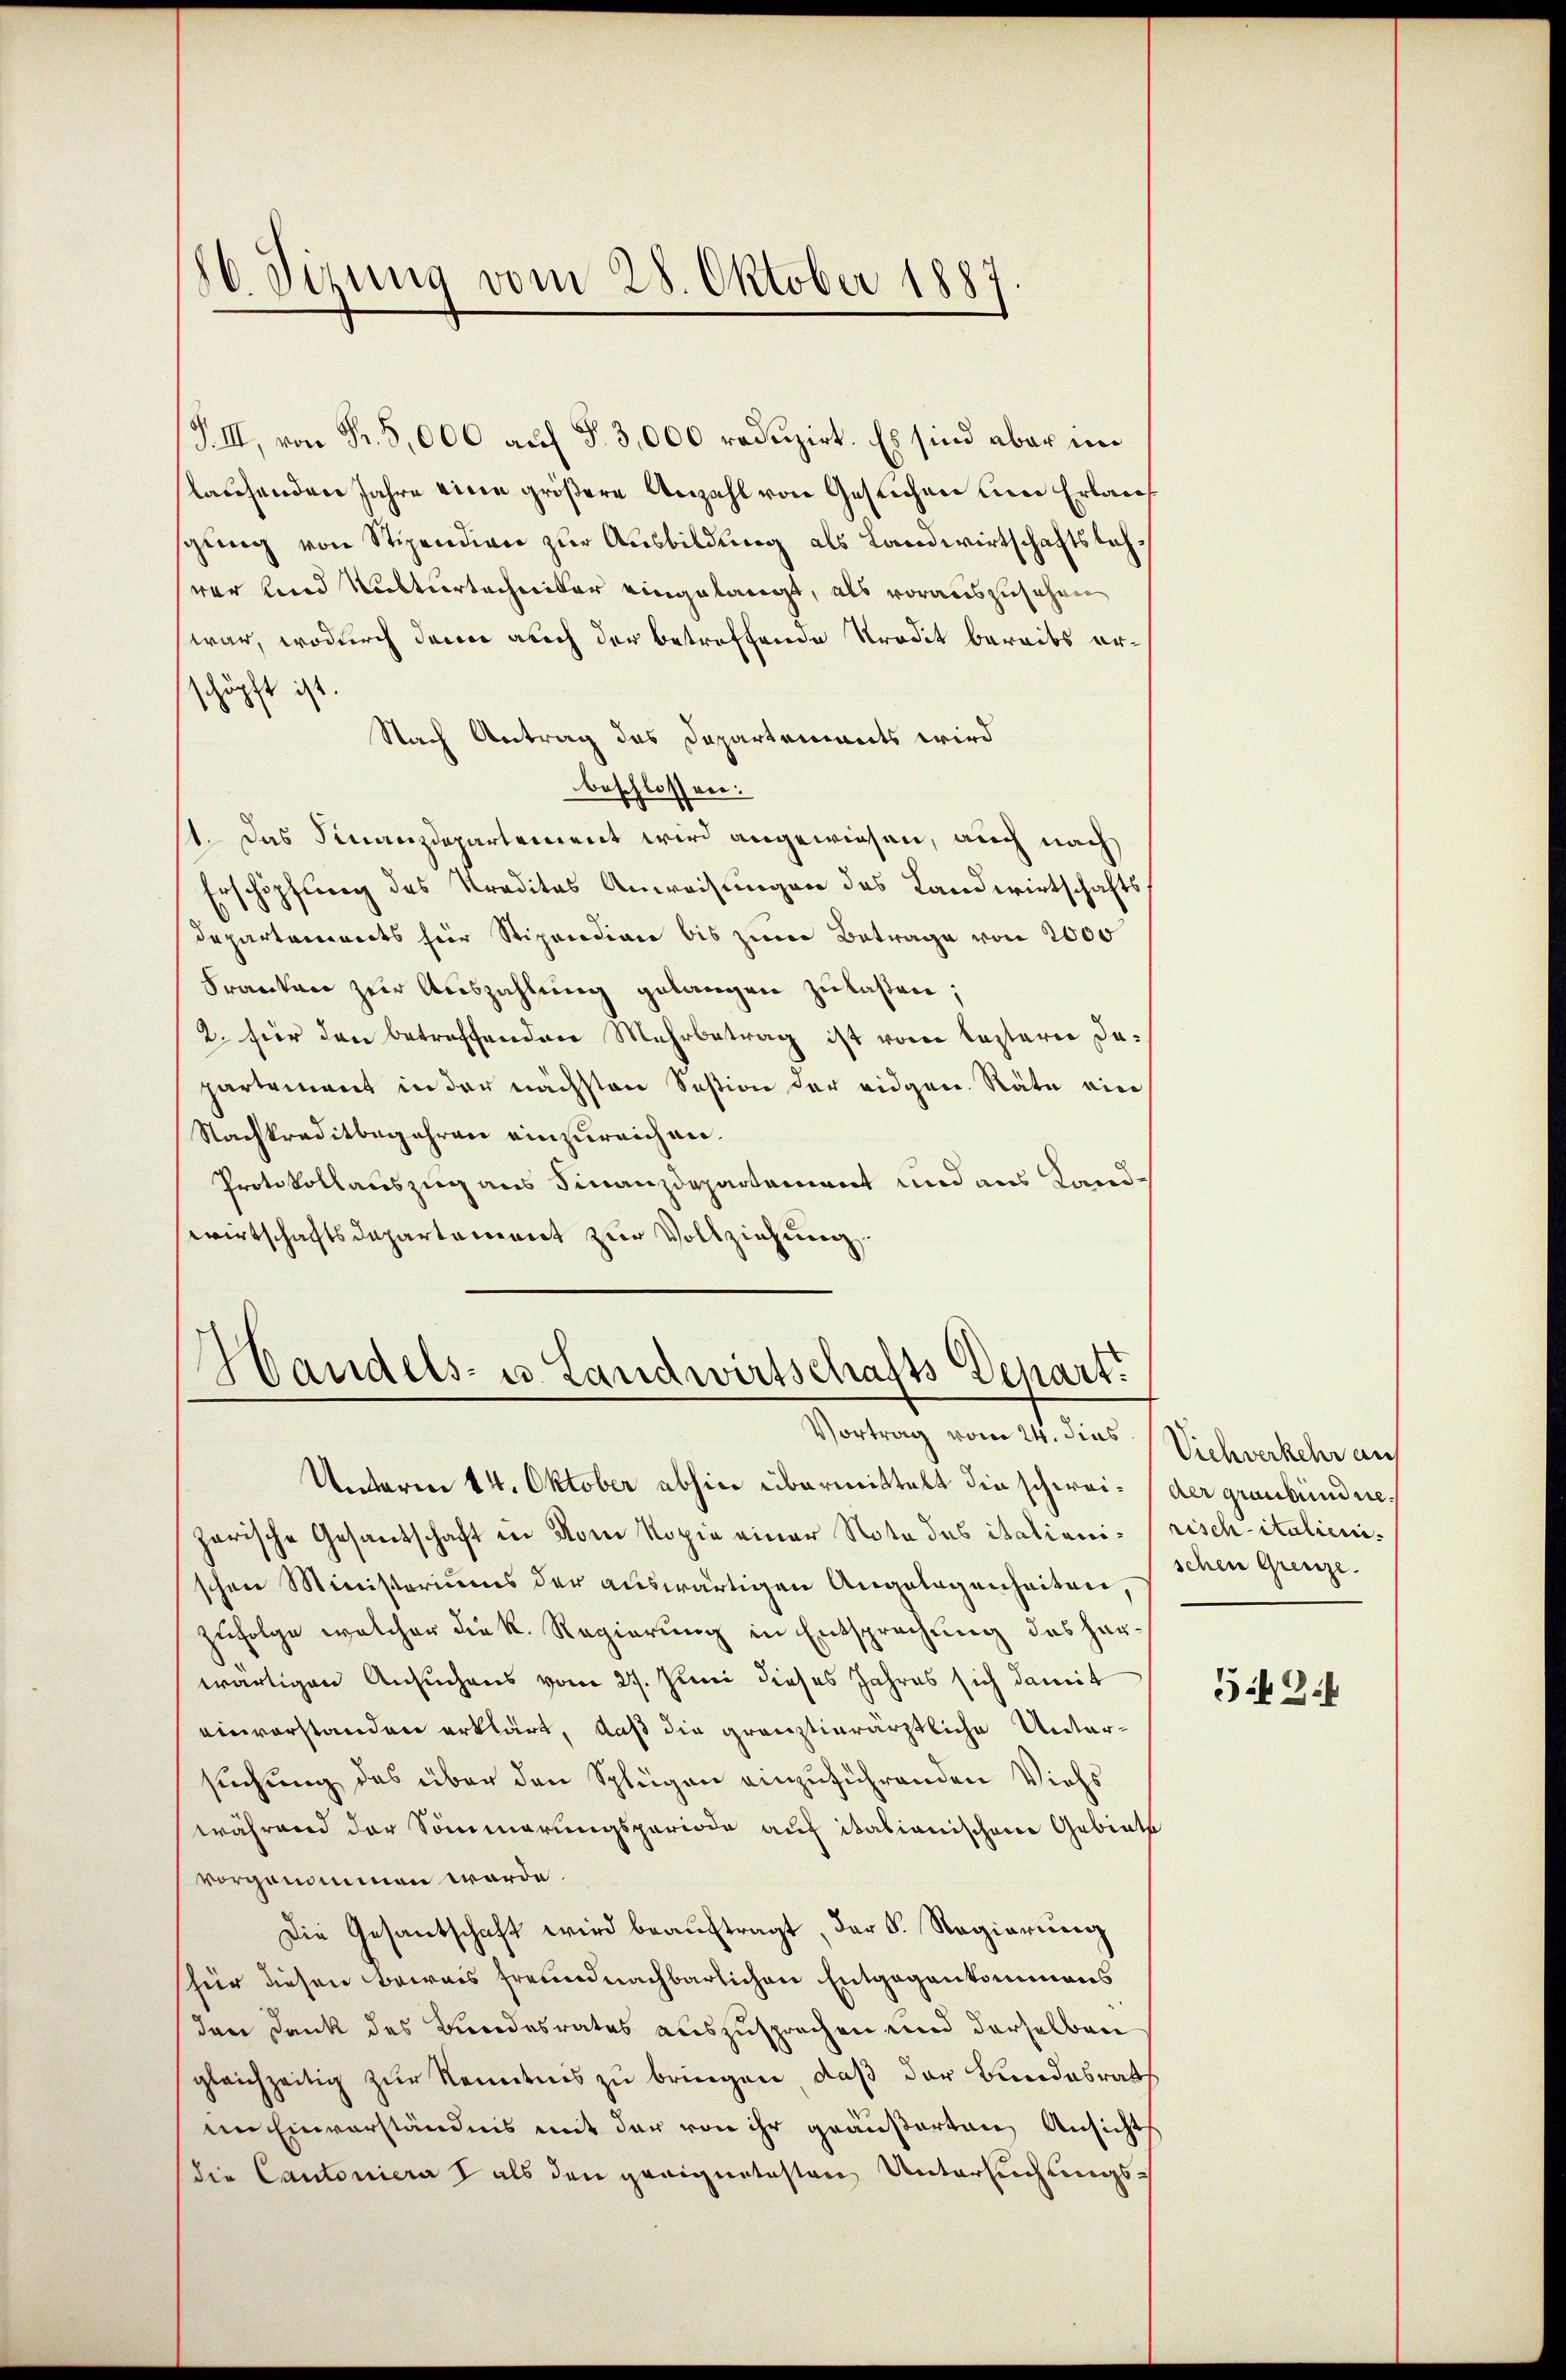
86. Sizung vom 28. Oktober 1887

F. III, von Fr. 5,000 auf §. 3,000 reduzirt. Es sind aber im
stausenden Jahre eine größere Anzahl von Gesuchen und Erlaufsging von Stipendian zur Ausbildung als Landwirtschaftstehver und Kulturtechniker eingelangt, als vorauszusehen
war, wodurch dann auch der betreffende Tradit bereits erschöpft ist.
Nach Antrag des Departements wird
beschlossen:
1. Das Finanzdepartement wird angewiesen, auch nach
Erschöpfung des Traditas Anweisungen des Landwirtschafts
Departements hier Stipendian bis zum Betrage von 2000
Franken zur Auszahlung gelangen zu laßen;
2. für den betreffenden Mehrbetrag ist von Captarie dapartement in der nächsten Sestion der eidgen. Räte ein
Nachkreditbegehren einzureichen.
Protokollauszug aus Finanzdepartement und aus Landsewirtschaftsdepartement zur Vollziehung.

d
Bandels- u. Landwirtschafts Depart.
Vortrag vom 24. dies Viehverkehr auf

Unterm 14. Oktober abhin übermittelt die schwei- der graubündneharische Gesandschaft in vom Kopie einer Note des italioni - (risch italienischen Ministeriums der auswärtigen Angelegenheiten,
zufolge welcher die k. Regierung in Entsprechung des Herwärtigen Ansuchens vom 27. Juni dieses Jahres sich damit
einverstanden erklärt, daß die gränztierärztliche Untersuchung des über den Splügen einzuführenden Viehs
während der Sommerungsperiode auf itationischen Gebiete
vorgenommen werde.
Die Gesantschaft wird beaŭftragt, der S. Regierung
hür diesen Beweis freundnachbarlichen Entgegenkommens
den Dank des Bundesrates auszusprechen und derselben
gleichzeitig zur Kenntnis zu bringen, daß der Bundesrath
¬
em Einverständnis mit der von ihr geäußerten Ansichts
die Cantoniera als den geeignetesten Untersuchungs¬

schen Grenze.

5 Zif